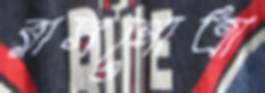
রাসগোত্রা